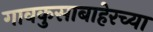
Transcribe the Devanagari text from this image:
गावकुसाबाहेरच्या